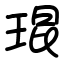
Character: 琨